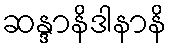
ဆန္ဒာနိဒါနာနိ